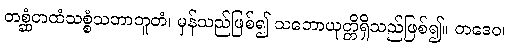
တစ္ဆံတထံသစ္စံသဘာဘူတံ၊ မှန်သည်ဖြစ်၍ သဘောယုတ္တိရှိသည်ဖြစ်၍။ တဒေဝ၊